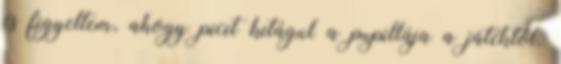
és figyeltem, ahogy picit kitágul a pupillája a játéktól.